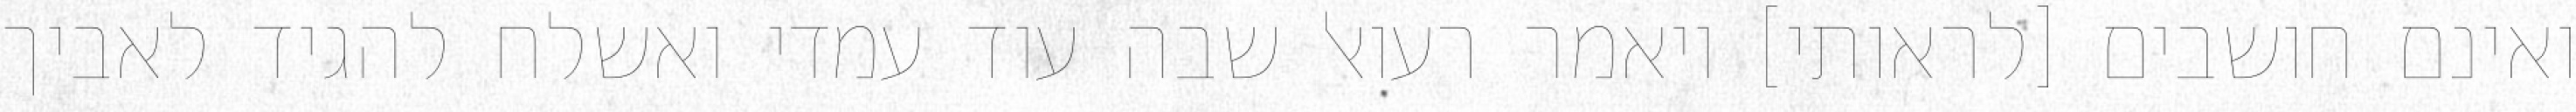
ואינם חושבים [לראותי] ויאמר רעואל שבה עוד עמדי ואשלח להגיד לאביך